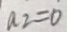
a _ { 2 } = 0